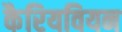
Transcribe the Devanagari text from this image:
कैरियवियन